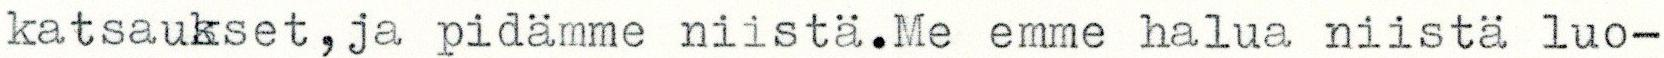
katsaukset, ja pidämme niistä.Me emme halua niistä luo-